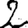
Digit: 2